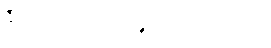
၈၇။ ၂၀၂၄-၀၁-၀၁